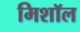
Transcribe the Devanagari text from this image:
मिशॉल